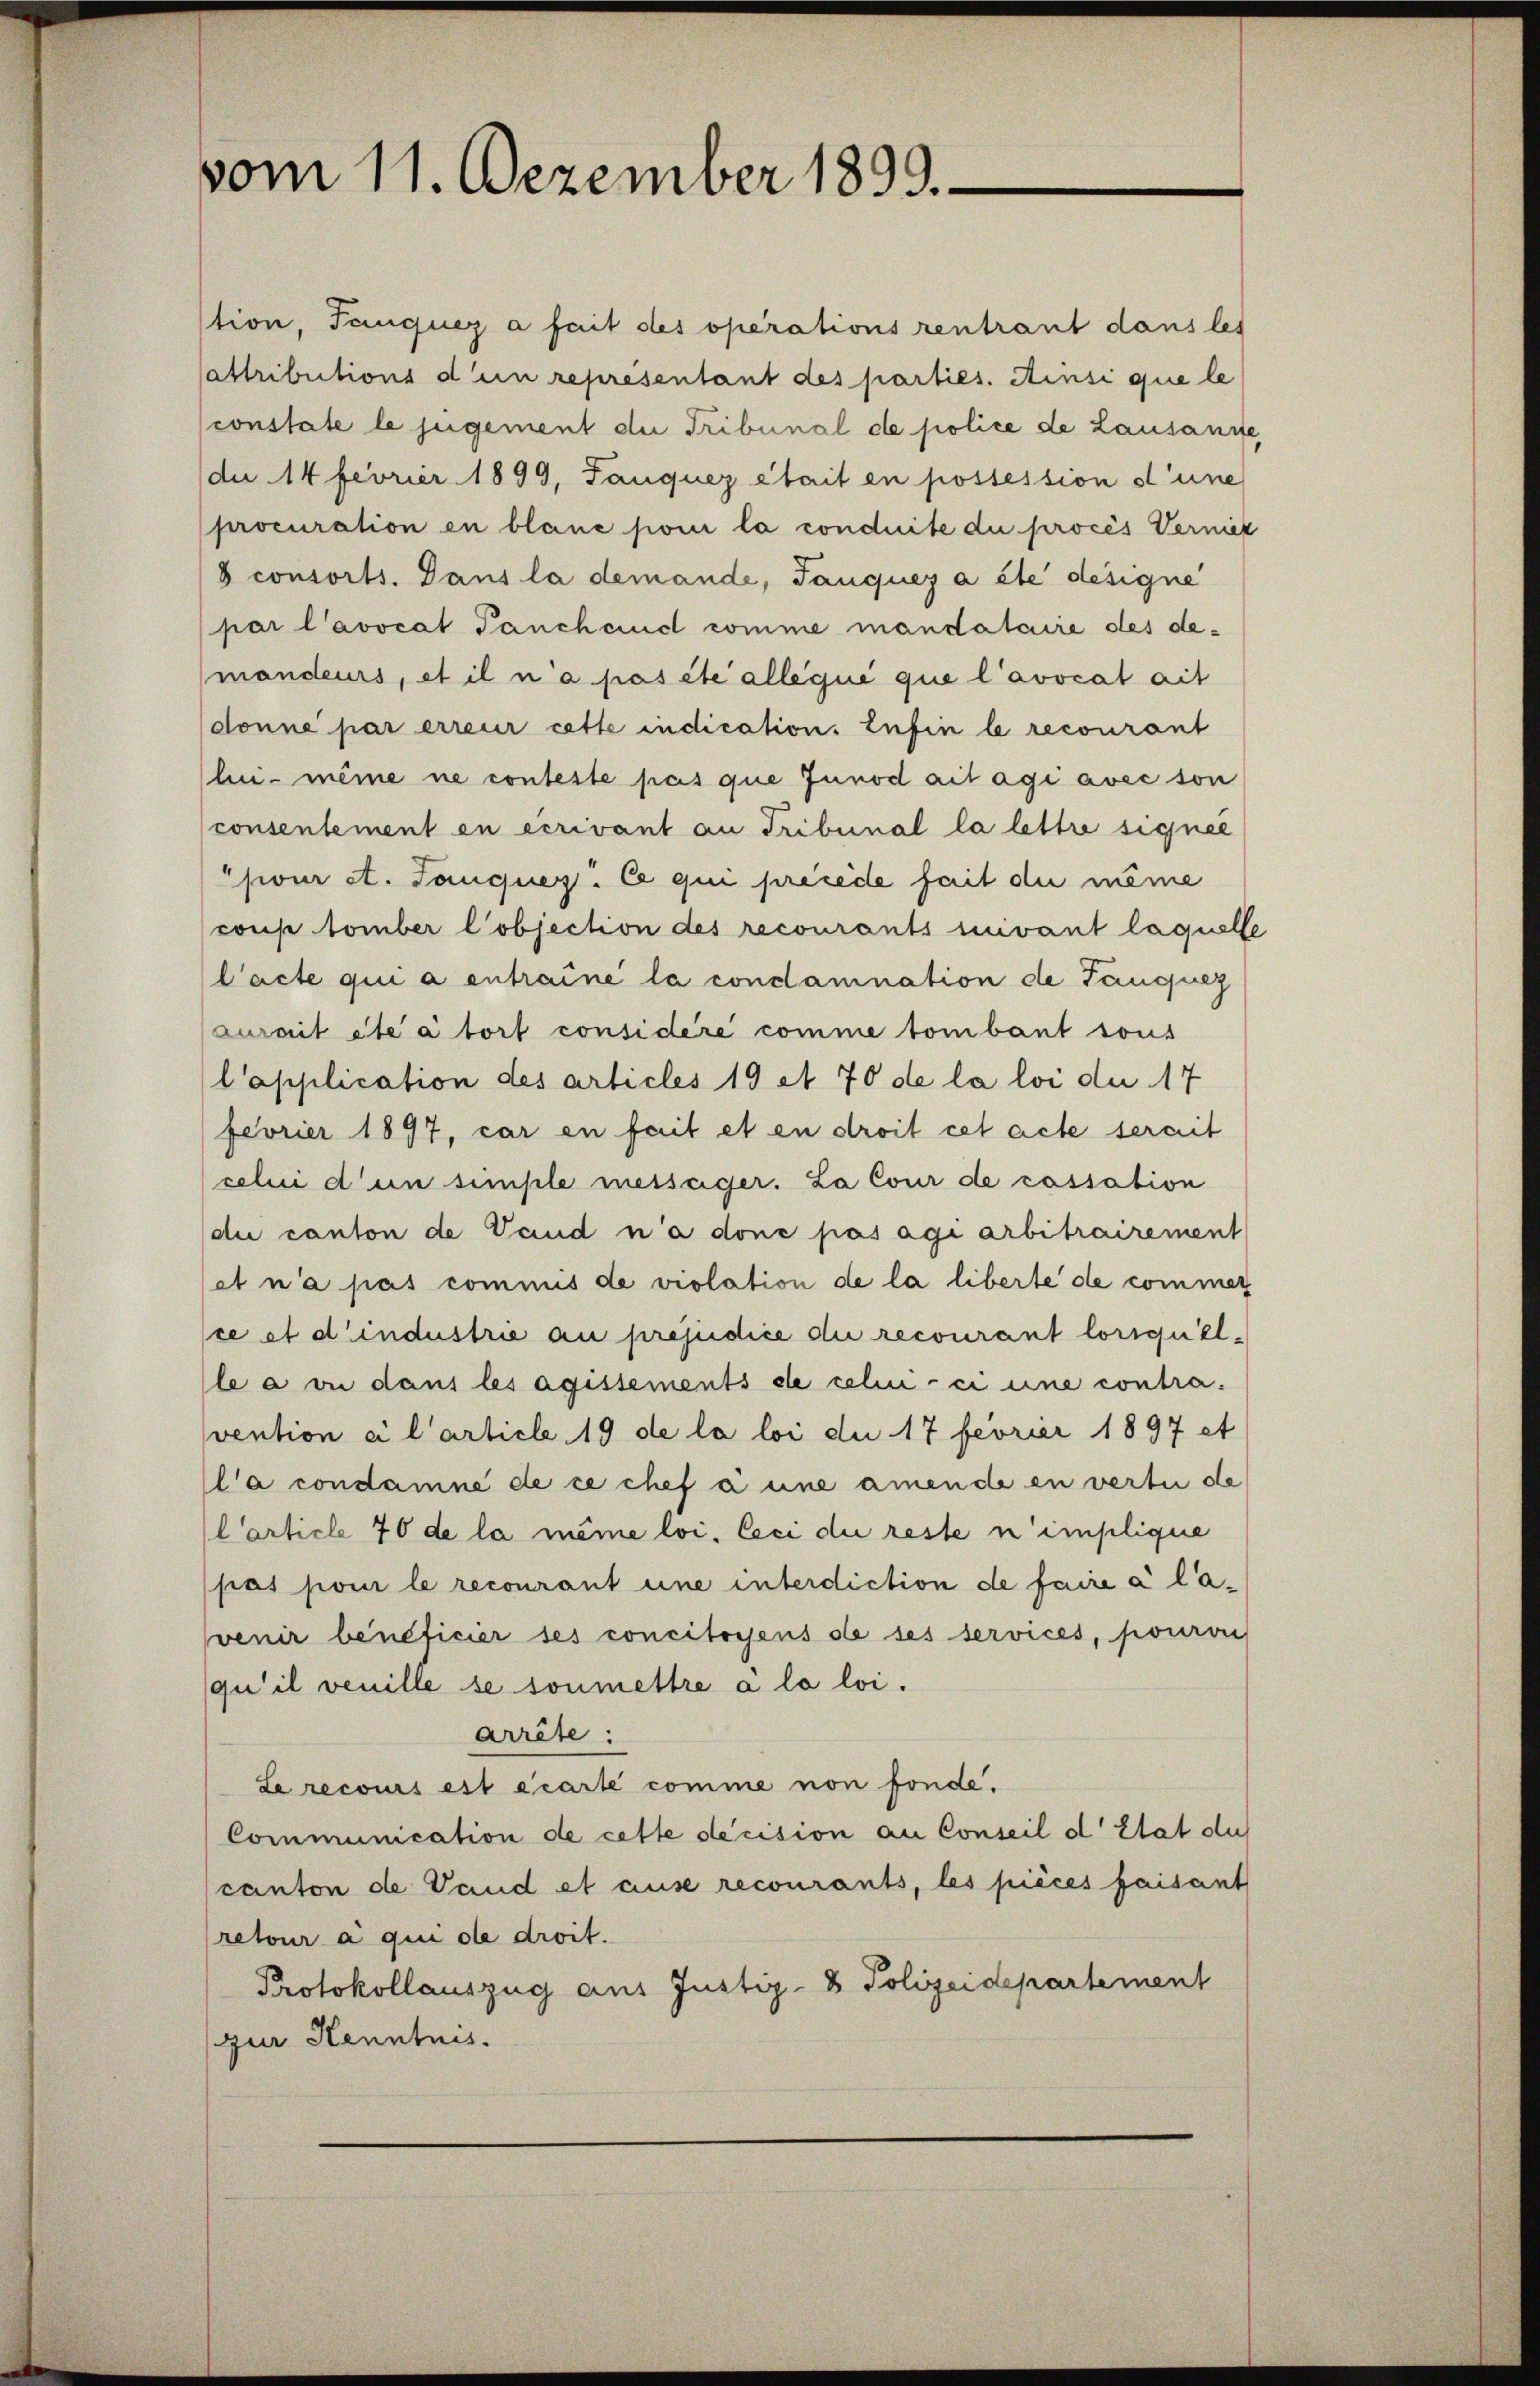
vom 11. Dezember 1899.

tion, Tanque a fait des operationsrentraut dans les
attributions den représentant des parties. Ainsi que le
constate le jugement die Tribunal de police de Lausanne
du 14 Fevrier 1899, Tanque était en possession d’une
procuration in blaue pour la conduite die procès Vernier
8 consorts. Dans la demande, Tanquer a été designe
par l’avocat Panchand comme mandataire des demandeurs, et il n’a pas été alle que que l’avocat ait
donne par erreur cette indication. Lufin le recourant
lui-même ne conteste pas que Junod aitagi avec son
consentement en écrivant an Tribunal la lettre signee
jour et. Tanquer. Ce qui precede fait du même
coup tomber l’objection des recourants vivant laquelle
l’acte qui a entraine la condamnation de Tanquer
curait été à tort considéré comme tombant sous
Capplication des articles 19 et 70 de la loi du 17
fevrier 1897, car en fait et en droit cet acte serait
celui d’un simple messager. La Cour de cassation
dii canton de Vaud n’a done pas agi arbitrairement
et n’a pas commis de violation de la liberte de commer
ce et d’industrie au préjudice die recourant lorsquelle a vie dans les agissements de celin - ei eine contra-
svention ci l’article 19 de la loi du 17 feorier 1897 et
l’a condamné de ce chef a eine amende en verte de
Carticle 70 de la même loi. Ceci die reste nimplique
pas pour le recourant une interdiction de faire à lavenir beneficier ses concitoyens de ses services, pouron
(qu’il veuille se soumettre a la loi.
arrête:
Le recours est écarte comme non fonde.
Communication de cette decision an Conseil d’Etat du
canton de Vaud et ause recourants, les pièces faisant
retour a qui de droit.
Protokollauszug aus Justiz- & Polizeidepartement
zur Kenntnis.